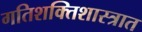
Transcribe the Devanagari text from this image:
गतिशक्तिशास्त्रात